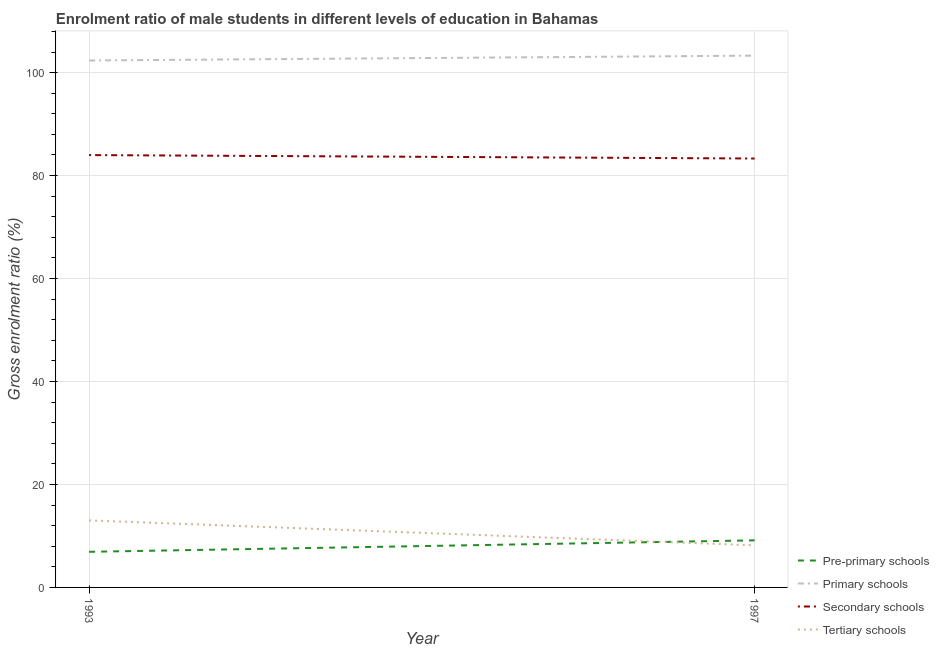
| Year | Pre-primary schools | Primary schools | Secondary schools | Tertiary schools |
 | --- | --- | --- | --- | --- |
 | 1993 | 6.92 | 102 | 84 | 13 |
 | 1997 | 9.14 | 103 | 83.3 | 8.18 |